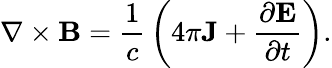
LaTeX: \mathbf{\nabla}\times\mathbf{B}={\frac{1}{c}}\left(4\pi\mathbf{J}+{\frac{\partial\mathbf{E}}{\partial t}}\right).